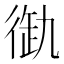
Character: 𢔞